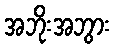
အဘိုးအဘွား